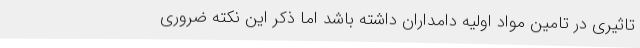
تاثیری در تامین مواد اولیه دامداران داشته باشد اما ذکر این نکته ضروری